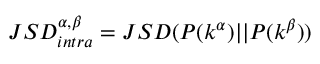
\displaystyle J S D _ { i n t r a } ^ { \alpha , \beta } = J S D ( P ( k ^ { \alpha } ) | | P ( k ^ { \beta } ) )